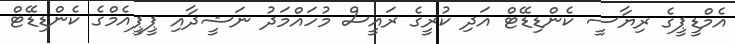
އެމްޑީޕީގެ ރިޔާސީ ކެންޑިޑޭޓް އަދި ކުރީގެ ރައީސް މުހައްމަދު ނަޝީދާއި ޕީޕީއެމްގެ ކެންޑިޑޭޓް